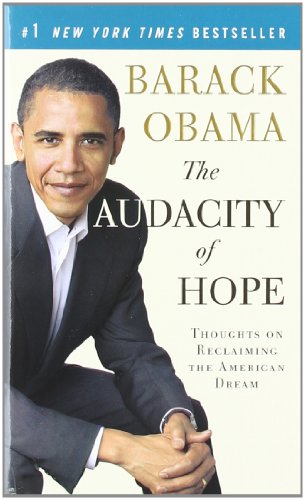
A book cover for The Audacity of Hope: Thoughts on Reclaiming the American Dream; Barack Obama; Biographies & Memoirs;